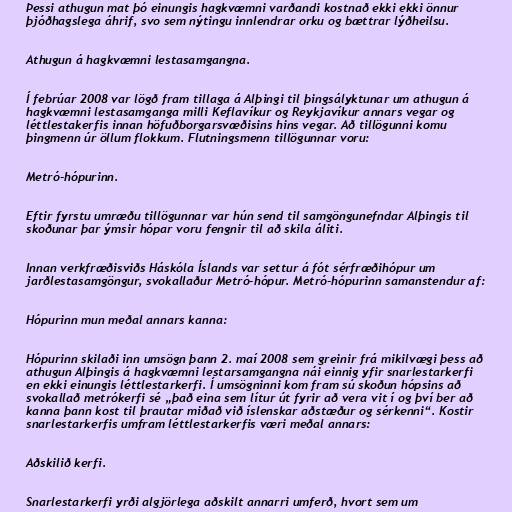
Þessi athugun mat þó einungis hagkvæmni varðandi kostnað ekki ekki önnur
þjóðhagslega áhrif, svo sem nýtingu innlendrar orku og bættrar lýðheilsu.

Athugun á hagkvæmni lestasamgangna.

Í febrúar 2008 var lögð fram tillaga á Alþingi til þingsályktunar um athugun á
hagkvæmni lestasamganga milli Keflavíkur og Reykjavíkur annars vegar og
léttlestakerfis innan höfuðborgarsvæðisins hins vegar. Að tillögunni komu
þingmenn úr öllum flokkum. Flutningsmenn tillögunnar voru:

Metró-hópurinn.

Eftir fyrstu umræðu tillögunnar var hún send til samgöngunefndar Alþingis til
skoðunar þar ýmsir hópar voru fengnir til að skila áliti.

Innan verkfræðisviðs Háskóla Íslands var settur á fót sérfræðihópur um
jarðlestasamgöngur, svokallaður Metró-hópur. Metró-hópurinn samanstendur af:

Hópurinn mun meðal annars kanna:

Hópurinn skilaði inn umsögn þann 2. maí 2008 sem greinir frá mikilvægi þess að
athugun Alþingis á hagkvæmni lestarsamgangna nái einnig yfir snarlestarkerfi
en ekki einungis léttlestarkerfi. Í umsögninni kom fram sú skoðun hópsins að
svokallað metrókerfi sé „það eina sem lítur út fyrir að vera vit í og því ber að
kanna þann kost til þrautar miðað við íslenskar aðstæður og sérkenni“. Kostir
snarlestarkerfis umfram léttlestarkerfis væri meðal annars:

Aðskilið kerfi.

Snarlestarkerfi yrði algjörlega aðskilt annarri umferð, hvort sem um